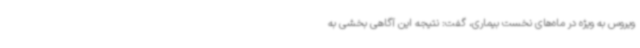
ویروس به ویژه در ماه‌های نخست بیماری، گفت: نتیجه این آگاهی بخشی به